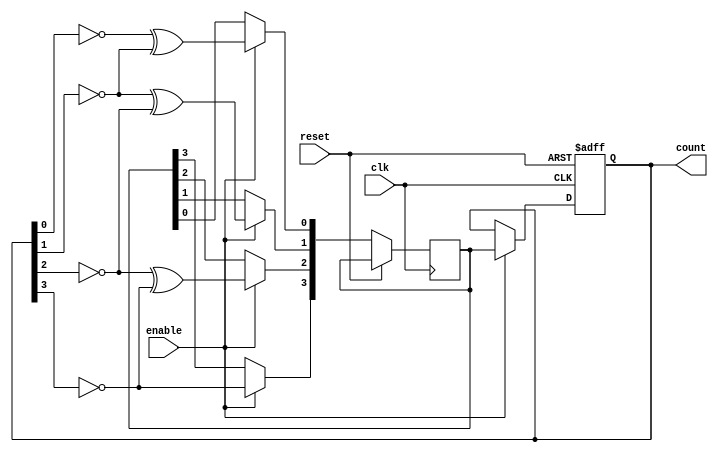
module gray_binary_counter (
    input wire clk,
    input wire reset,
    input wire enable,
    output reg [3:0] count
);

reg [3:0] next_count;

always @ (posedge clk or posedge reset) begin
    if (reset) begin
        count <= 4'b0000;
    end else begin
        if (enable) begin
            next_count[0] <= ~count[0] ^ ~count[1];
            next_count[1] <= ~count[1] ^ ~count[2];
            next_count[2] <= ~count[2] ^ ~count[3];
            next_count[3] <= ~count[3];
            count <= next_count;
        end
    end
end

endmodule